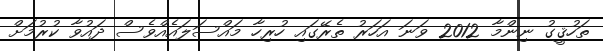
ތަހުޤީގު ނިންމާ 2012 ވަނަ އަހަރު ތެރޭގައި ހުރިހާ މައްސަލައެއްވެސް ދައުވާ ކުރުމަށް